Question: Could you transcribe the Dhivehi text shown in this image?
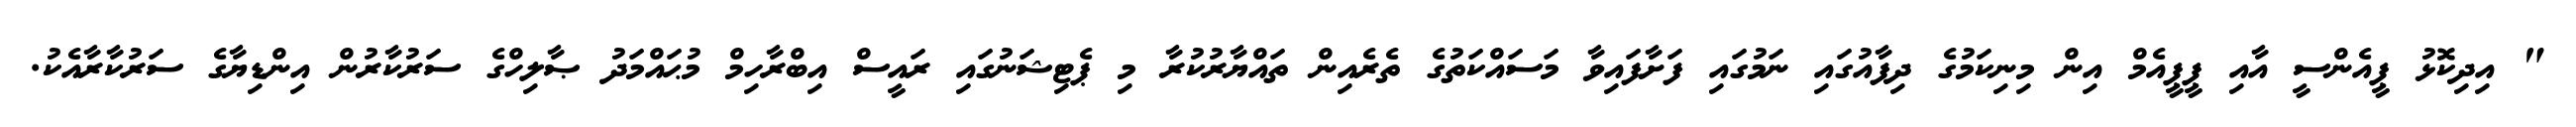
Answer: " އިދިކޮޅު ޕީއެންސީ އާއި ޕީޕީއެމް އިން މިނިކަމުގެ ދިފާއުގައި ނަމުގައި ފަށާފައިވާ މަސައްކަތުގެ ތެރެއިން ތައްޔާރުކުރާ މި ޕެޓިޝަނުގައި ރައީސް އިބްރާހިމް މުޙައްމަދު ޞާލިހްގެ ސަރުކާރުން އިންޑިޔާގެ ސަރުކާރާއެކު.